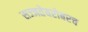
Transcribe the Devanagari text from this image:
सज्जतेबरोबरच